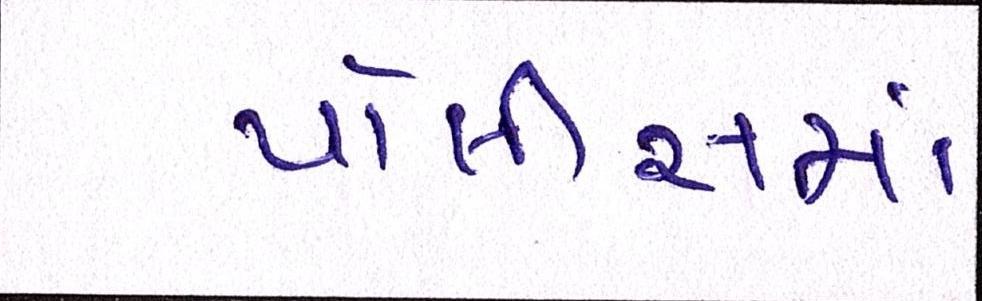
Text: પોલીસમાં